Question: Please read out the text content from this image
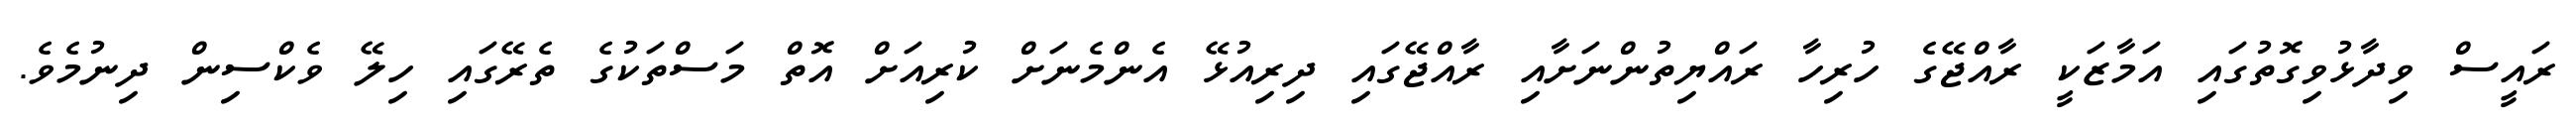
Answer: ރައީސް ވިދާޅުވިގޮތުގައި އަމާޒަކީ ރާއްޖޭގެ ހުރިހާ ރައްޔިތުންނަށާއި ރާއްޖޭގައި ދިރިއުޅޭ އެންމެނަށް ކުރިއަށް އޮތް މަސްތަކުގެ ތެރޭގައި ހިލޭ ވެކްސިން ދިނުމެވެ.